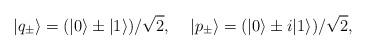
LaTeX: \begin{align*}|q_{\pm}\rangle =(|0\rangle \pm |1\rangle)/\sqrt{2}, \;\;\;\;|p_{\pm}\rangle =(|0\rangle \pm i|1\rangle)/\sqrt{2},\end{align*}